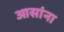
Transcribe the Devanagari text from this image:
आसांना